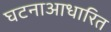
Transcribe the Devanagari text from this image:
घटनाआधारित